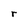
Character: r